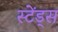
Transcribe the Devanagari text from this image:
स्टेंड्स